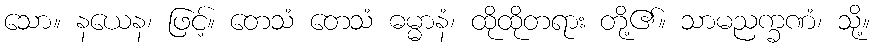
သော။ နယေန၊ ဖြင့်။ တေသံ တေသံ ဓမ္မာနံ၊ ထိုထိုတရား တို့၏။ သာမညက္ခဏံ၊ သို့။